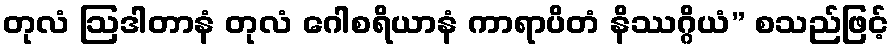
တုလံ ဩဒါတာနံ တုလံ ဂေါစရိယာနံ ကာရာပိတံ နိဿဂ္ဂိယံ” စသည်ဖြင့်